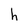
Character: h